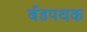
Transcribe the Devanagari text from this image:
बँडपथक